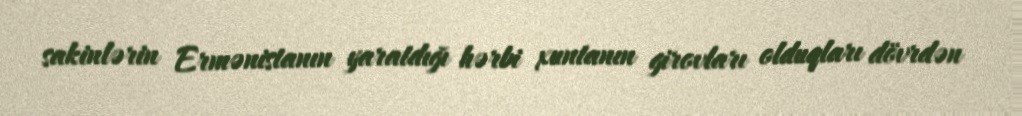
sakinlərin Ermənistanın yaratdığı hərbi xuntanın girovları olduqları dövrdən